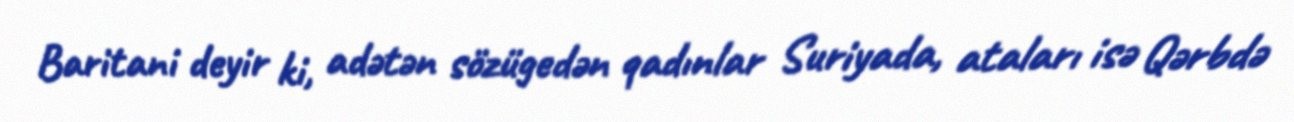
Baritani deyir ki, adətən sözügedən qadınlar Suriyada, ataları isə Qərbdə